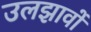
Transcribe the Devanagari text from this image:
उलझावों